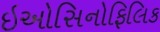
ઇઓસિનોફિલિક